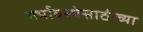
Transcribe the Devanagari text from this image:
गर्भावस्थेसाठीच्या